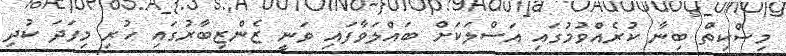
މިސްކިތް ބިނާ ކުރެއްވުމުގައި އަސްލަކަށް ބައްލަވާފައި ވަނީ ޒެންޒިބާރުގައި ހުރި މިފަދަ ކުދި